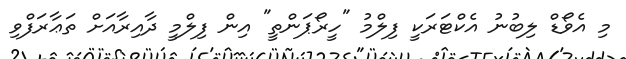
މި އެވޯޑް ލިބުނު އެކްޓަރަކީ ފިލްމު "ހީރޯޕަންތީ" އިން ފިލްމީ ދާއިރާއަށް ތަޢާރަފްވި